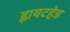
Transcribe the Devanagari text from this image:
ह्वायटहेड